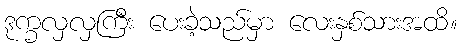
ဒုက္ခလှလှကြီး ပေးခဲ့သည်မှာ လေးနှစ်သားအထိ။